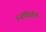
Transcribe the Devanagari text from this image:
ऊर्जाविहीन